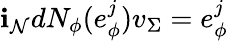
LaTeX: \mathbf{i}_{\mathcal{{N}}}dN_{\phi}(e_{\phi}^{j})v_{\Sigma}=e_{\phi}^{j}